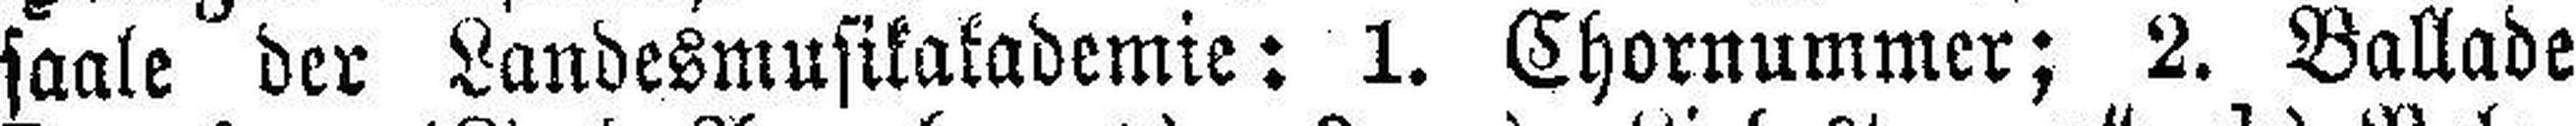
saale der Landesmusikakademie: 1. Chornummer; 2. Ballade